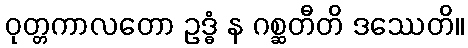
ဝုတ္တကာလတော ဥဒ္ဓံ န ဂစ္ဆတီတိ ဒဿေတိ။